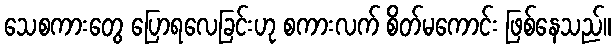
သေစကားတွေ ပြောရလေခြင်းဟု စကားလက် စိတ်မကောင်း ဖြစ်နေသည်။